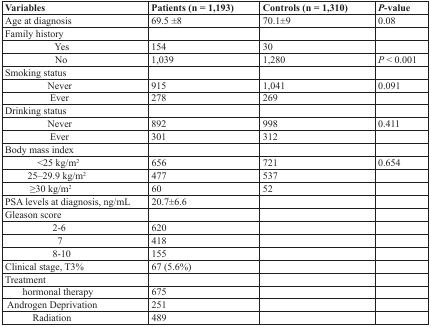
<table><thead><tr><td><b>Variables</b></td><td><b>Patients (n = 1,193)</b></td><td><b>Controls (n = 1,310)</b></td><td><b><i>P</i>-value</b></td></tr></thead><tbody><tr><td>Age at diagnosis</td><td>69.5 ±8</td><td>70.1±9</td><td>0.08</td></tr><tr><td>Family history</td><td></td><td></td><td></td></tr><tr><td>Yes</td><td>154</td><td>30</td><td></td></tr><tr><td>No</td><td>1,039</td><td>1,280</td><td><i>P</i> &lt; 0.001</td></tr><tr><td>Smoking status</td><td></td><td></td><td></td></tr><tr><td>Never</td><td>915</td><td>1,041</td><td>0.091</td></tr><tr><td>Ever</td><td>278</td><td>269</td><td></td></tr><tr><td>Drinking status</td><td></td><td></td><td></td></tr><tr><td>Never</td><td>892</td><td>998</td><td>0.411</td></tr><tr><td>Ever</td><td>301</td><td>312</td><td></td></tr><tr><td>Body mass index</td><td></td><td></td><td></td></tr><tr><td>&lt;25 kg/m2</td><td>656</td><td>721</td><td>0.654</td></tr><tr><td>25–29.9 kg/m2</td><td>477</td><td>537</td><td></td></tr><tr><td>≥30 kg/m2</td><td>60</td><td>52</td><td></td></tr><tr><td>PSA levels at diagnosis, ng/mL</td><td>20.7±6.6</td><td></td><td></td></tr><tr><td>Gleason score</td><td></td><td></td><td></td></tr><tr><td>2-6</td><td>620</td><td></td><td></td></tr><tr><td>7</td><td>418</td><td></td><td></td></tr><tr><td>8-10</td><td>155</td><td></td><td></td></tr><tr><td>Clinical stage, T3%</td><td>67 (5.6%)</td><td></td><td></td></tr><tr><td>Treatment</td><td></td><td></td><td></td></tr><tr><td>hormonal therapy</td><td>675</td><td></td><td></td></tr><tr><td>Androgen Deprivation</td><td>251</td><td></td><td></td></tr><tr><td>Radiation</td><td>489</td><td></td><td></td></tr></tbody></table>